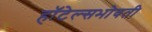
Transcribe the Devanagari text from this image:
हॉटेल्सभोवती